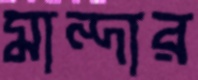
মান্দার